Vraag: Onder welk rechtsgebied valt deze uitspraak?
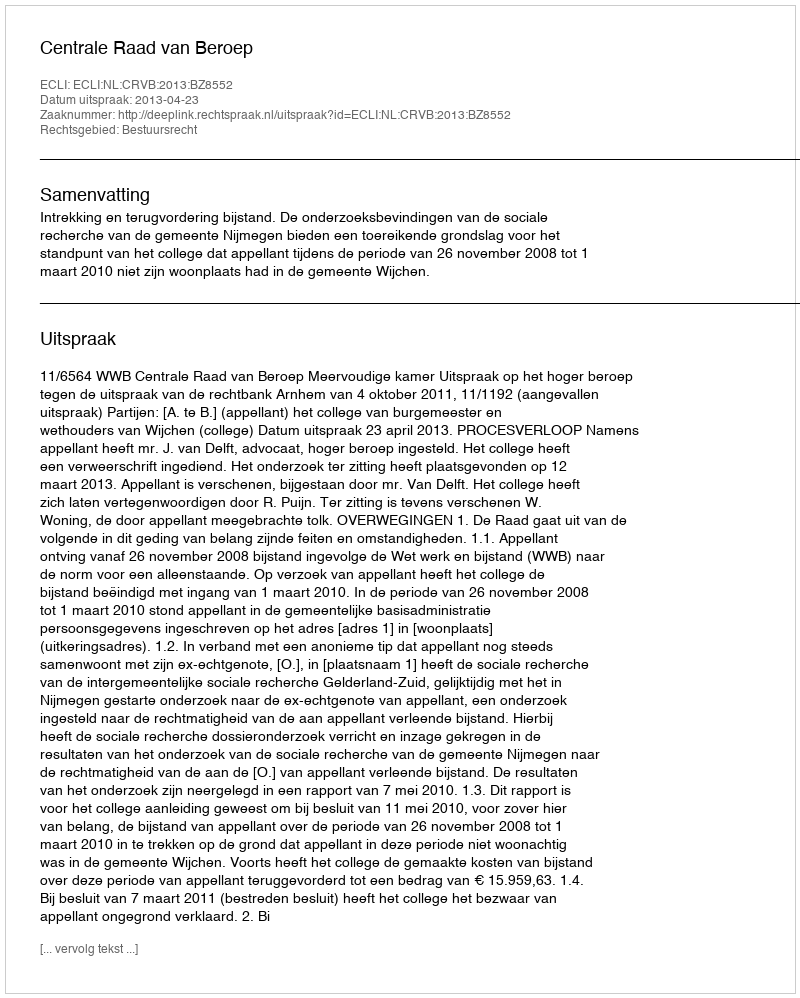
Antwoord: Bestuursrecht